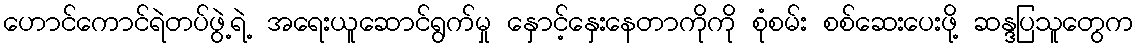
ဟောင်ကောင်ရဲတပ်ဖွဲ့ရဲ့ အရေးယူဆောင်ရွက်မှု နှောင့်နှေးနေတာကိုကို စုံစမ်း စစ်ဆေးပေးဖို့ ဆန္ဒပြသူတွေက